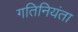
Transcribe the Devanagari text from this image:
गतिनियंता